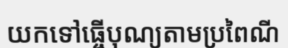
យកទៅធ្ចើបុណ្យតាមប្រពៃណី